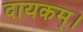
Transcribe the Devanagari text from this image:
दायकम्।